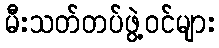
မီးသတ်တပ်ဖွဲ့ဝင်များ